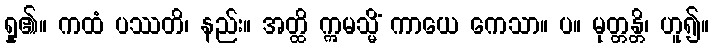
ရှု၏။ ကထံ ပဿတိ၊ နည်း။ အတ္ထိ ဣမသ္မိံ ကာယေ ကေသာ။ ပ။ မုတ္တန္တိ၊ ဟူ၍။